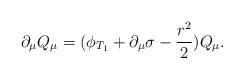
LaTeX: \begin{align*}\partial_\mu Q_\mu=(\phi_{T_1}+\partial_\mu\sigma-\frac{r^2}{2})Q_\mu.\end{align*}